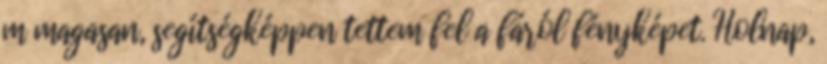
m magasan, segítségképpen tettem fel a fáról fényképet. Holnap,